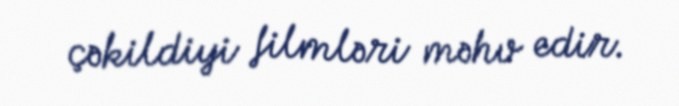
çəkildiyi filmləri məhv edir.